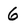
Character: 6